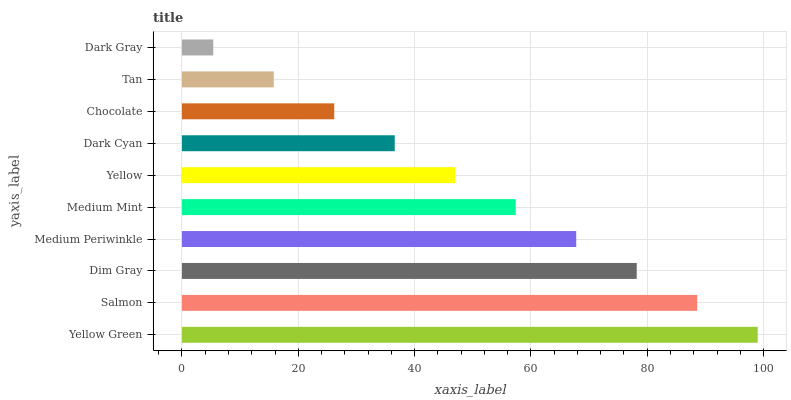
| yaxis_label | bars |
 | --- | --- |
 | Yellow Green | 99 |
 | Salmon | 88.6 |
 | Dim Gray | 78.2 |
 | Medium Periwinkle | 67.8 |
 | Medium Mint | 57.4 |
 | Yellow | 47 |
 | Dark Cyan | 36.6 |
 | Chocolate | 26.2 |
 | Tan | 15.8 |
 | Dark Gray | 5.38 |